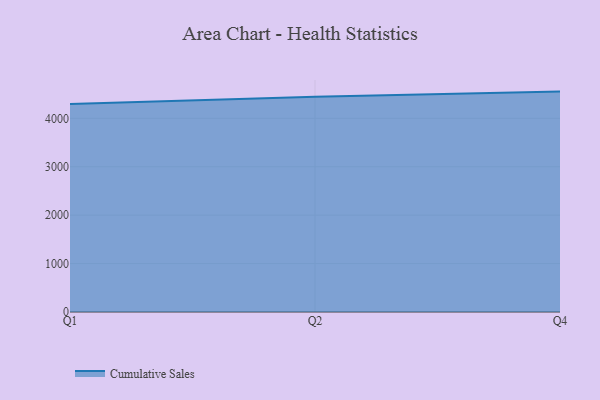
{"axis": {"x": "Quarter", "y": "Churn Rate (%)"}, "legend": ["Cumulative Sales"], "data": [{"x": "Q1", "y": 4296.1, "type": "Cumulative Sales"}, {"x": "Q2", "y": 4445.5, "type": "Cumulative Sales"}, {"x": "Q4", "y": 4551.4, "type": "Cumulative Sales"}]}